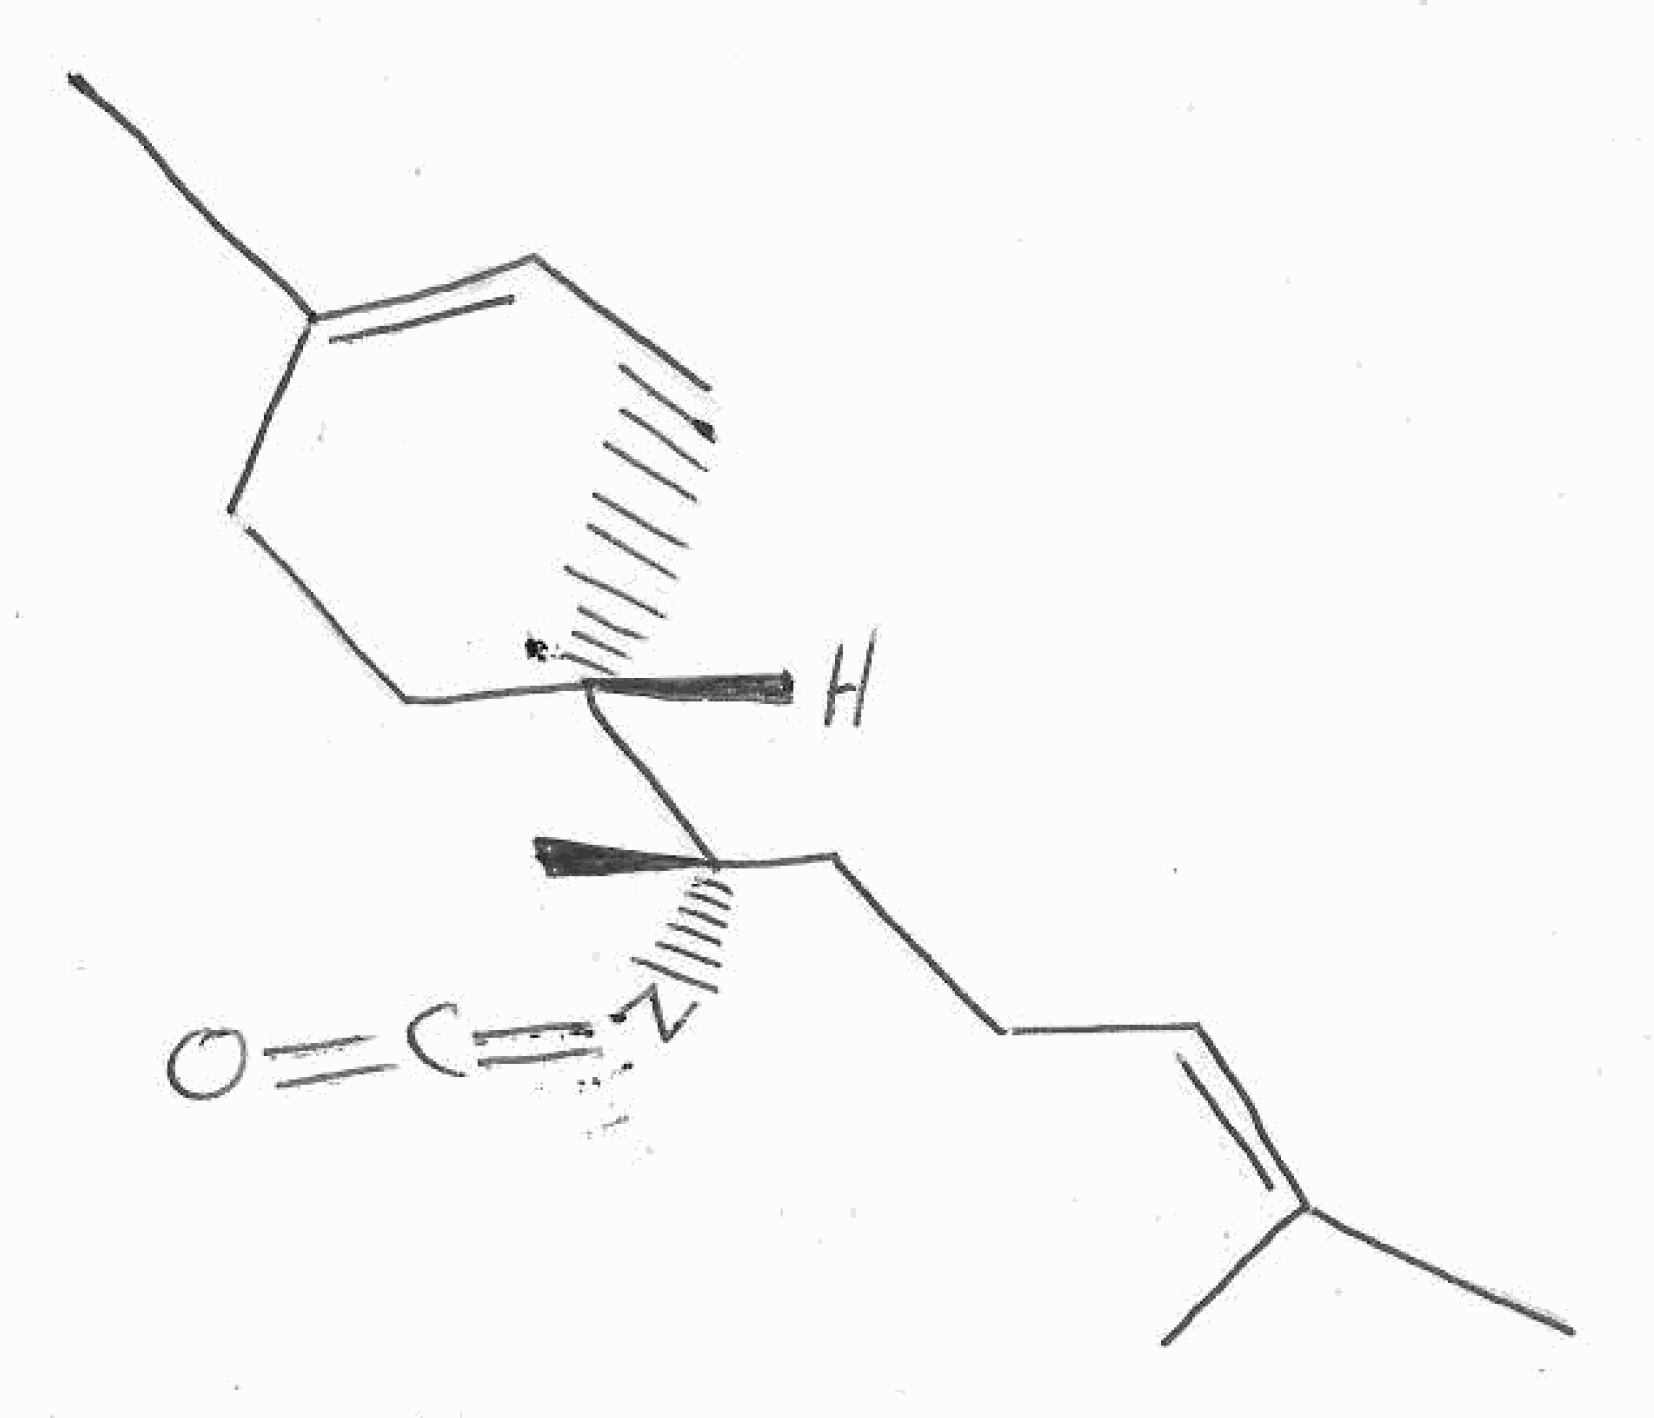
Simplified molecular-input line-entry system (SMILES) notation of the given molecule:
CC1=CC[C@@H](CC1)[C@](C)(CCC=C(C)C)N=C=O